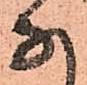
な